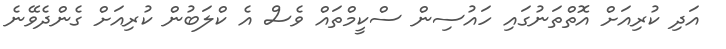
އަދި ކުރިއަށް އޮތްތަނުގައި ހައުސިން ސްކީމްތައް ވެސް އެ ކްލަބުން ކުރިއަށް ގެންދެވޭނެ